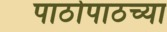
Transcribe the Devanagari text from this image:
पाठोपाठच्या